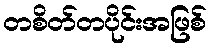
တစိတ်တပိုင်းအဖြစ်